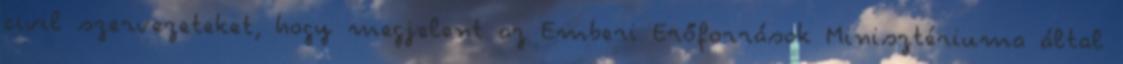
civil szervezeteket, hogy megjelent az Emberi Erőforrások Minisztériuma által